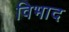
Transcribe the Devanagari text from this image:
विभाद